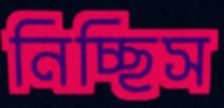
নিচ্ছিস